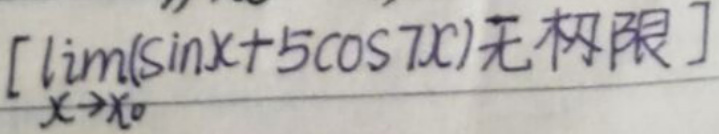
[$\lim_{x \to x_0}(\sin x + 5\cos 7x) $无极限]